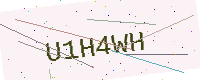
Text: U1H4WH